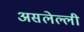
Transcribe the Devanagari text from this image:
असलेल्ली